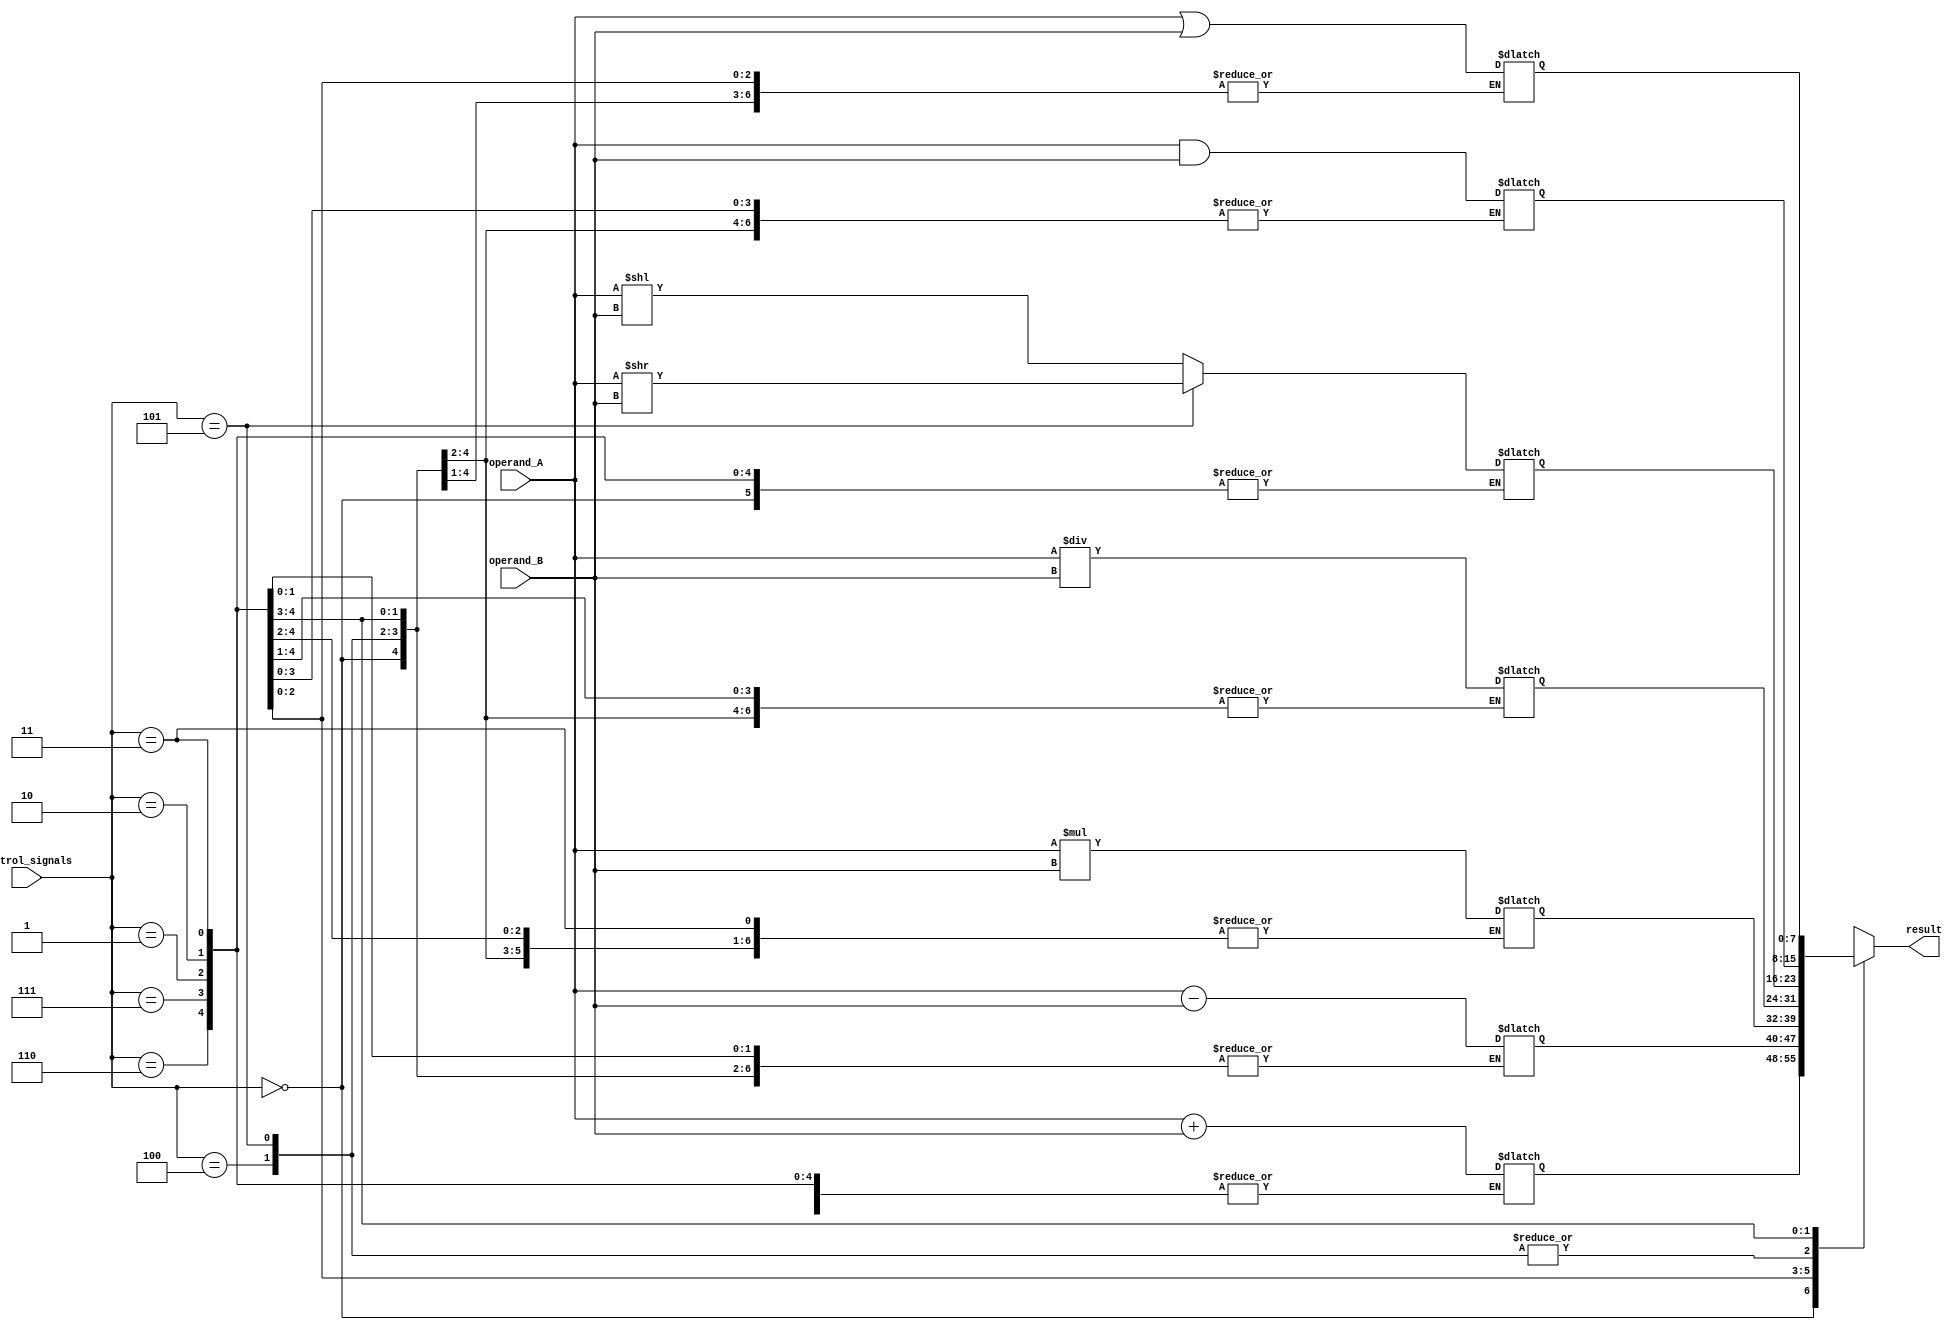
module ALU (
    input [7:0] operand_A,
    input [7:0] operand_B,
    input [2:0] control_signals,
    output reg [7:0] result
);

reg [7:0] add_result, sub_result, mul_result, div_result, shift_result, and_result, or_result, not_result;

always @(*) begin
    case(control_signals)
        3'b000: begin // Addition
            add_result = operand_A + operand_B;
        end
        
        3'b001: begin // Subtraction
            sub_result = operand_A - operand_B;
        end
        
        3'b010: begin // Multiplication
            mul_result = operand_A * operand_B;
        end
        
        3'b011: begin // Division
            div_result = operand_A / operand_B;
        end
        
        3'b100: begin // Left Shift
            shift_result = operand_A << operand_B;
        end
        
        3'b101: begin // Right Shift
            shift_result = operand_A >> operand_B;
        end
        
        3'b110: begin // Bitwise AND
            and_result = operand_A & operand_B;
        end
        
        3'b111: begin // Bitwise OR
            or_result = operand_A | operand_B;
        end
    endcase
end

always @(*) begin
    case(control_signals)
        3'b000: result = add_result;
        3'b001: result = sub_result;
        3'b010: result = mul_result;
        3'b011: result = div_result;
        3'b100: result = shift_result;
        3'b101: result = shift_result;
        3'b110: result = and_result;
        3'b111: result = or_result;
    endcase
end

endmodule